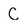
Character: C